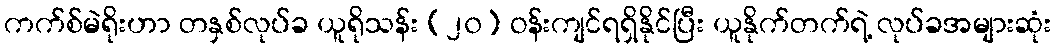
ကက်စ်မဲရိုးဟာ တနှစ်လုပ်ခ ယူရိုသန်း (၂၀) ဝန်းကျင်ရရှိနိုင်ပြီး ယူနိုက်တက်ရဲ့ လုပ်ခအများဆုံး